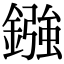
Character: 鏹